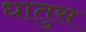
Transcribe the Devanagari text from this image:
धातुस